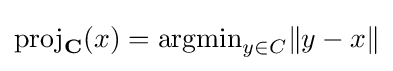
{\rm {proj}}_{\bf {C}}(x)={\rm {argmin}}_{y\in C}\|y-x\|